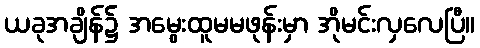
ယခုအချိန်၌ အမွေးထူမမဖုန်းမှာ အိုမင်းလှလေပြီ။